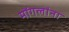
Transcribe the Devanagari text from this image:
मोंगलांना